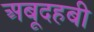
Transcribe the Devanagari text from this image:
अबूदहबी